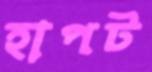
হাপট